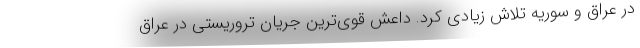
در عراق و سوریه تلاش زیادی کرد. داعش قوی‌ترین جریان تروریستی در عراق